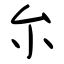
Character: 厼